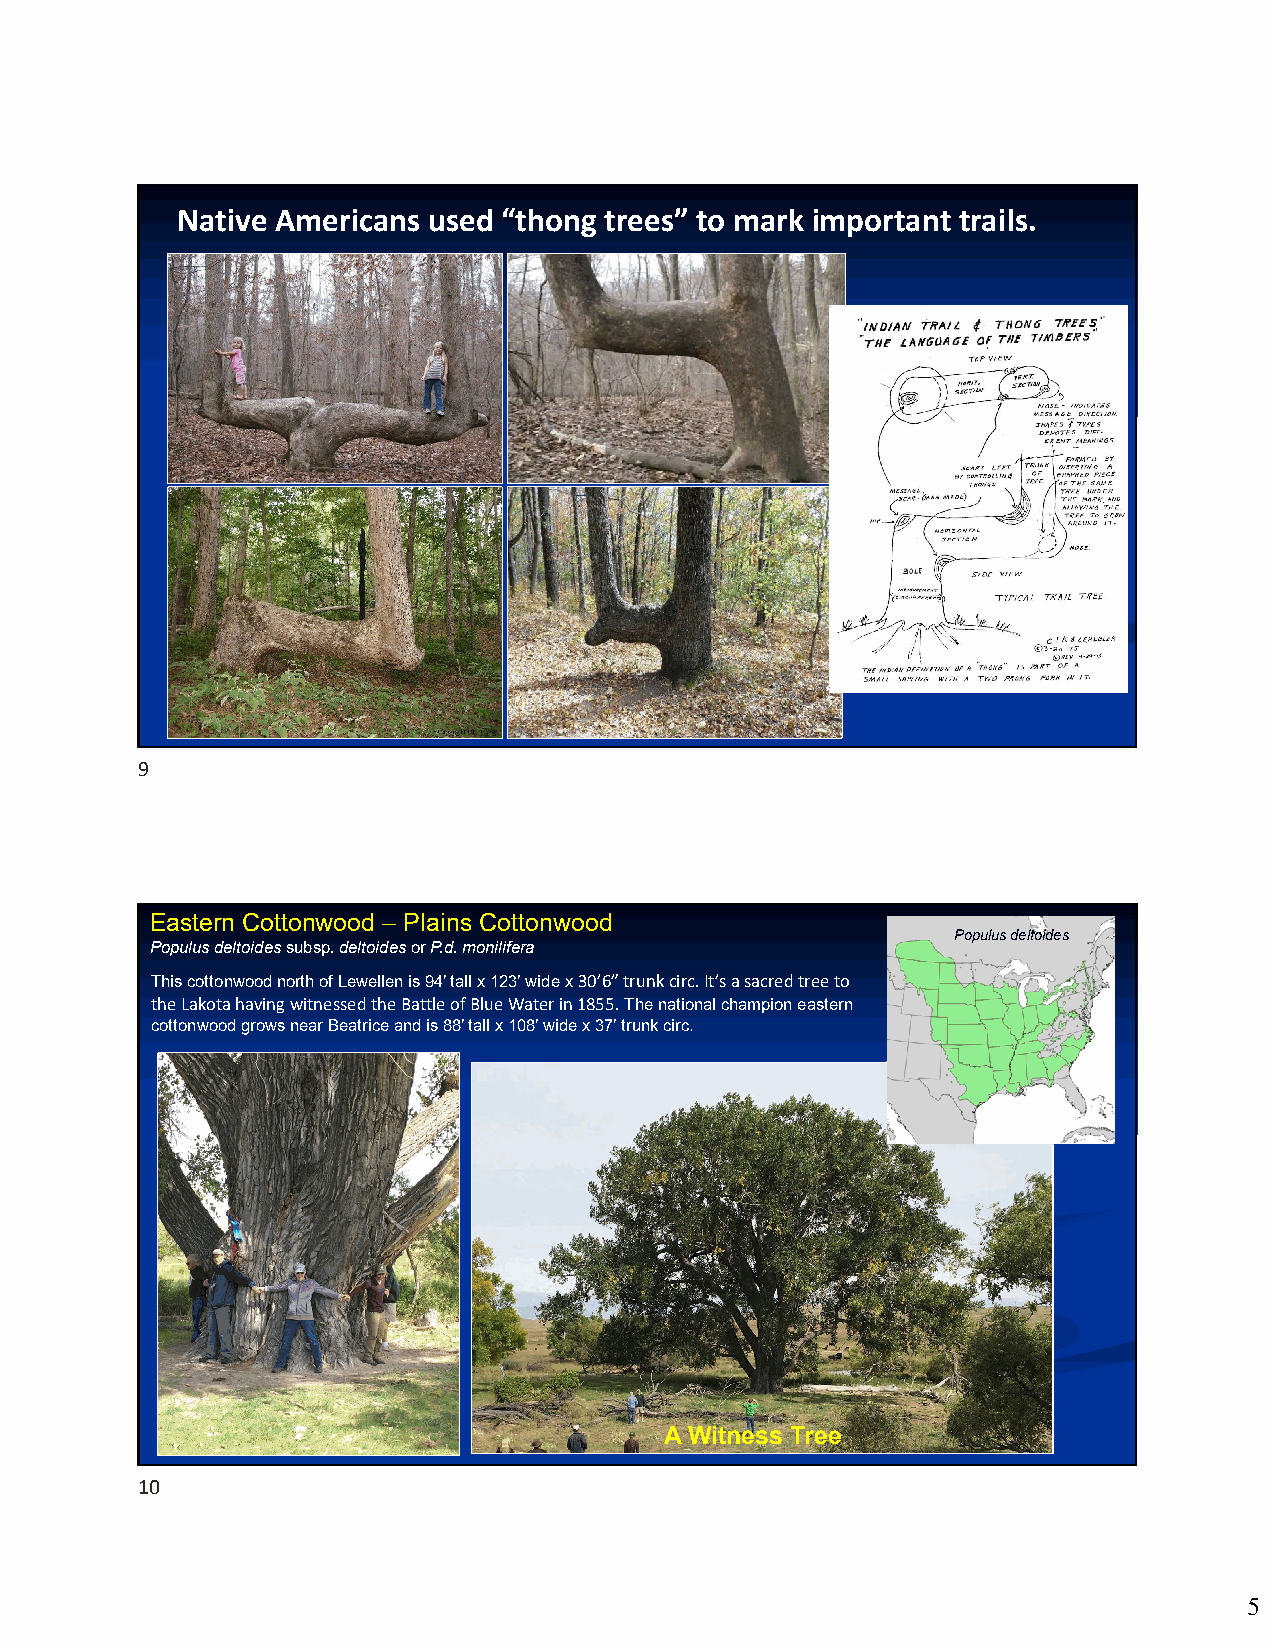
Native Americans used “thong trees” to mark important trails.
 9
 Eastern Cottonwood – Plains Cottonwood
 Populus deltoides
 Populus deltoidessubsp. deltoidesorP.d.monilifera
 This cottonwood north of Lewellen is 94’ tall x 123’ wide x 30’6” trunk circ. It’s a sacred tree to
 the Lakota having witnessed the Battle of Blue Water in 1855. The national champion eastern
 cottonwood grows near Beatrice and is 88’ tall x 108’ wide x 37’ trunk circ.
 A Witness Tree
 10
 5